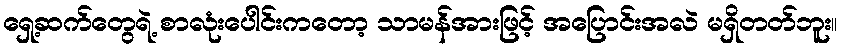
ရှေ့ဆက်တွေရဲ့ စာလုံးပေါင်းကတော့ သာမန်အားဖြင့် အပြောင်းအလဲ မရှိတတ်ဘူး။